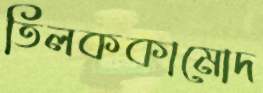
তিলককামোদ